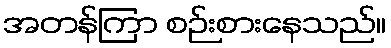
အတန်ကြာ စဉ်းစားနေသည်။